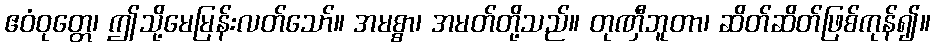
ဧဝံဝုတ္တေ၊ ဤသို့မေမြန်းလတ်သော်။ အမစ္စာ၊ အမတ်တို့သည်။ တုဏှီဘူတာ၊ ဆိတ်ဆိတ်ဖြစ်ကုန်၍။